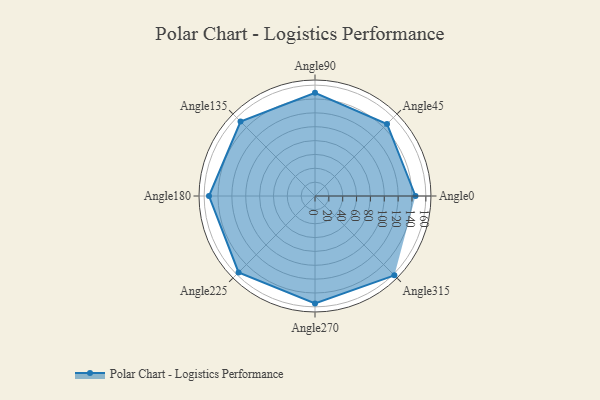
{"axis": {"x": "Angle", "y": "Radius"}, "legend": [""], "data": [{"x": "Angle0", "y": 145.0, "type": ""}, {"x": "Angle45", "y": 147.0, "type": ""}, {"x": "Angle90", "y": 149.0, "type": ""}, {"x": "Angle135", "y": 152.0, "type": ""}, {"x": "Angle180", "y": 153.0, "type": ""}, {"x": "Angle225", "y": 156.0, "type": ""}, {"x": "Angle270", "y": 155.0, "type": ""}, {"x": "Angle315", "y": 162.0, "type": ""}]}